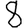
Digit: 8